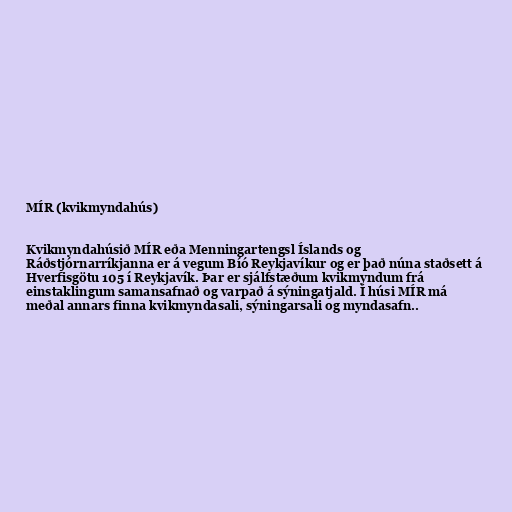
MÍR (kvikmyndahús)

Kvikmyndahúsið MÍR eða Menningartengsl Íslands og
Ráðstjórnarríkjanna er á vegum Bíó Reykjavíkur og er það núna staðsett á
Hverfisgötu 105 í Reykjavík. Þar er sjálfstæðum kvikmyndum frá
einstaklingum samansafnað og varpað á sýningatjald. Í húsi MÍR má
meðal annars finna kvikmyndasali, sýningarsali og myndasafn..